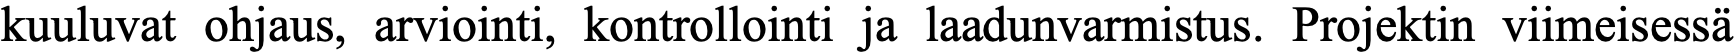
kuuluvat ohjaus, arviointi, kontrollointi ja laadunvarmistus. Projektin viimeisessä